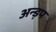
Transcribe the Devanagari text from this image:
अन्ड़प